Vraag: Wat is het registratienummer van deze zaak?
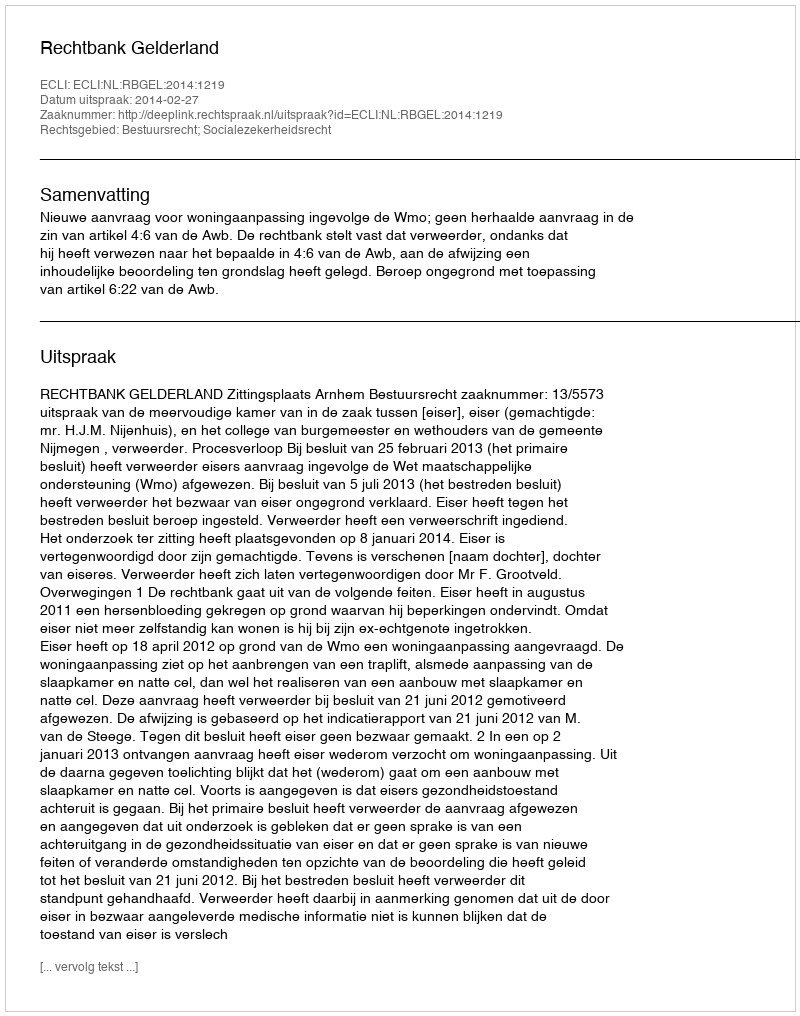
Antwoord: http://deeplink.rechtspraak.nl/uitspraak?id=ECLI:NL:RBGEL:2014:1219